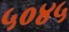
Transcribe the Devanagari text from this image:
५०४५